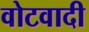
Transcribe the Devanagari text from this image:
वोटवादी